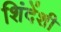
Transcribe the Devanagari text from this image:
शिंदेंशी